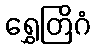
ရွှေတြိဂံ